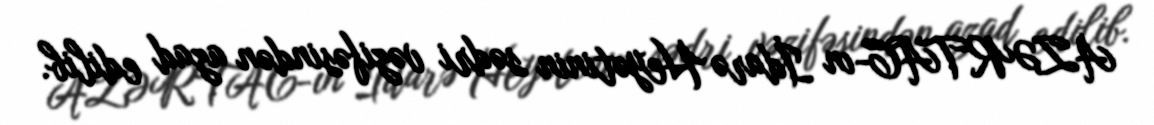
AZƏRTAC-ın İdarə Heyətinin sədri vəzifəsindən azad edilib.